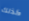
كذلك